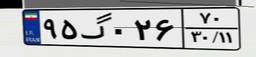
۶۸گ۸۶۳۳۴